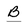
Character: B